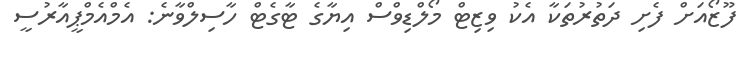
ފޫޒޯއަށް ފެށި ދަތުރުތަކާ އެކު ވިޒިޓް މޯލްޑިވްސް އިޔާގެ ޓާގެޓް ހާސިލްވާނެ: އެމްއެމްޕީއާރުސީ